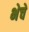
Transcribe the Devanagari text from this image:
भेचे